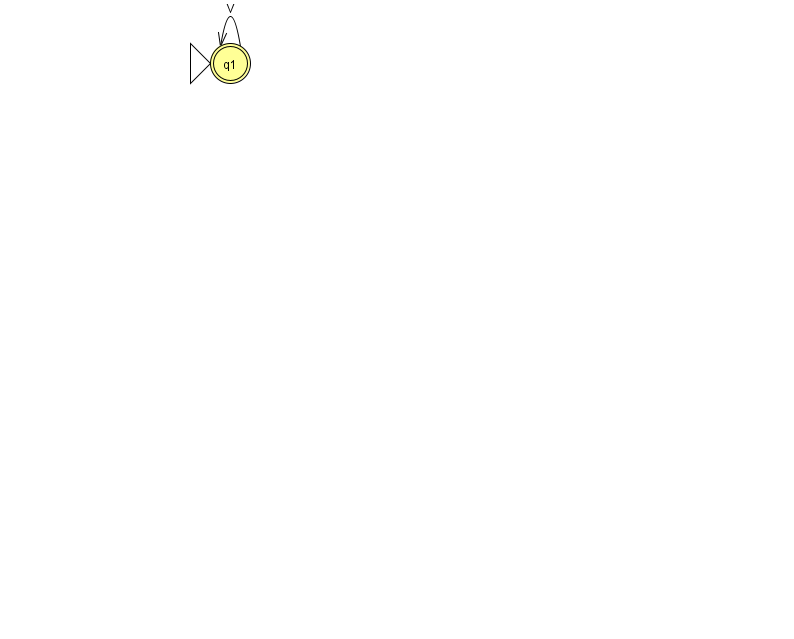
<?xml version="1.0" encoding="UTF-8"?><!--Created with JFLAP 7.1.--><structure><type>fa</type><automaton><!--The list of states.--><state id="1" name="q1"><x>230.0</x><y>50.0</y><initial/><final/></state><!--The list of transitions.--><transition><from>1</from><to>1</to><read>V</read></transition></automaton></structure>